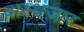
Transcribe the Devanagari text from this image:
बास्थज़ार